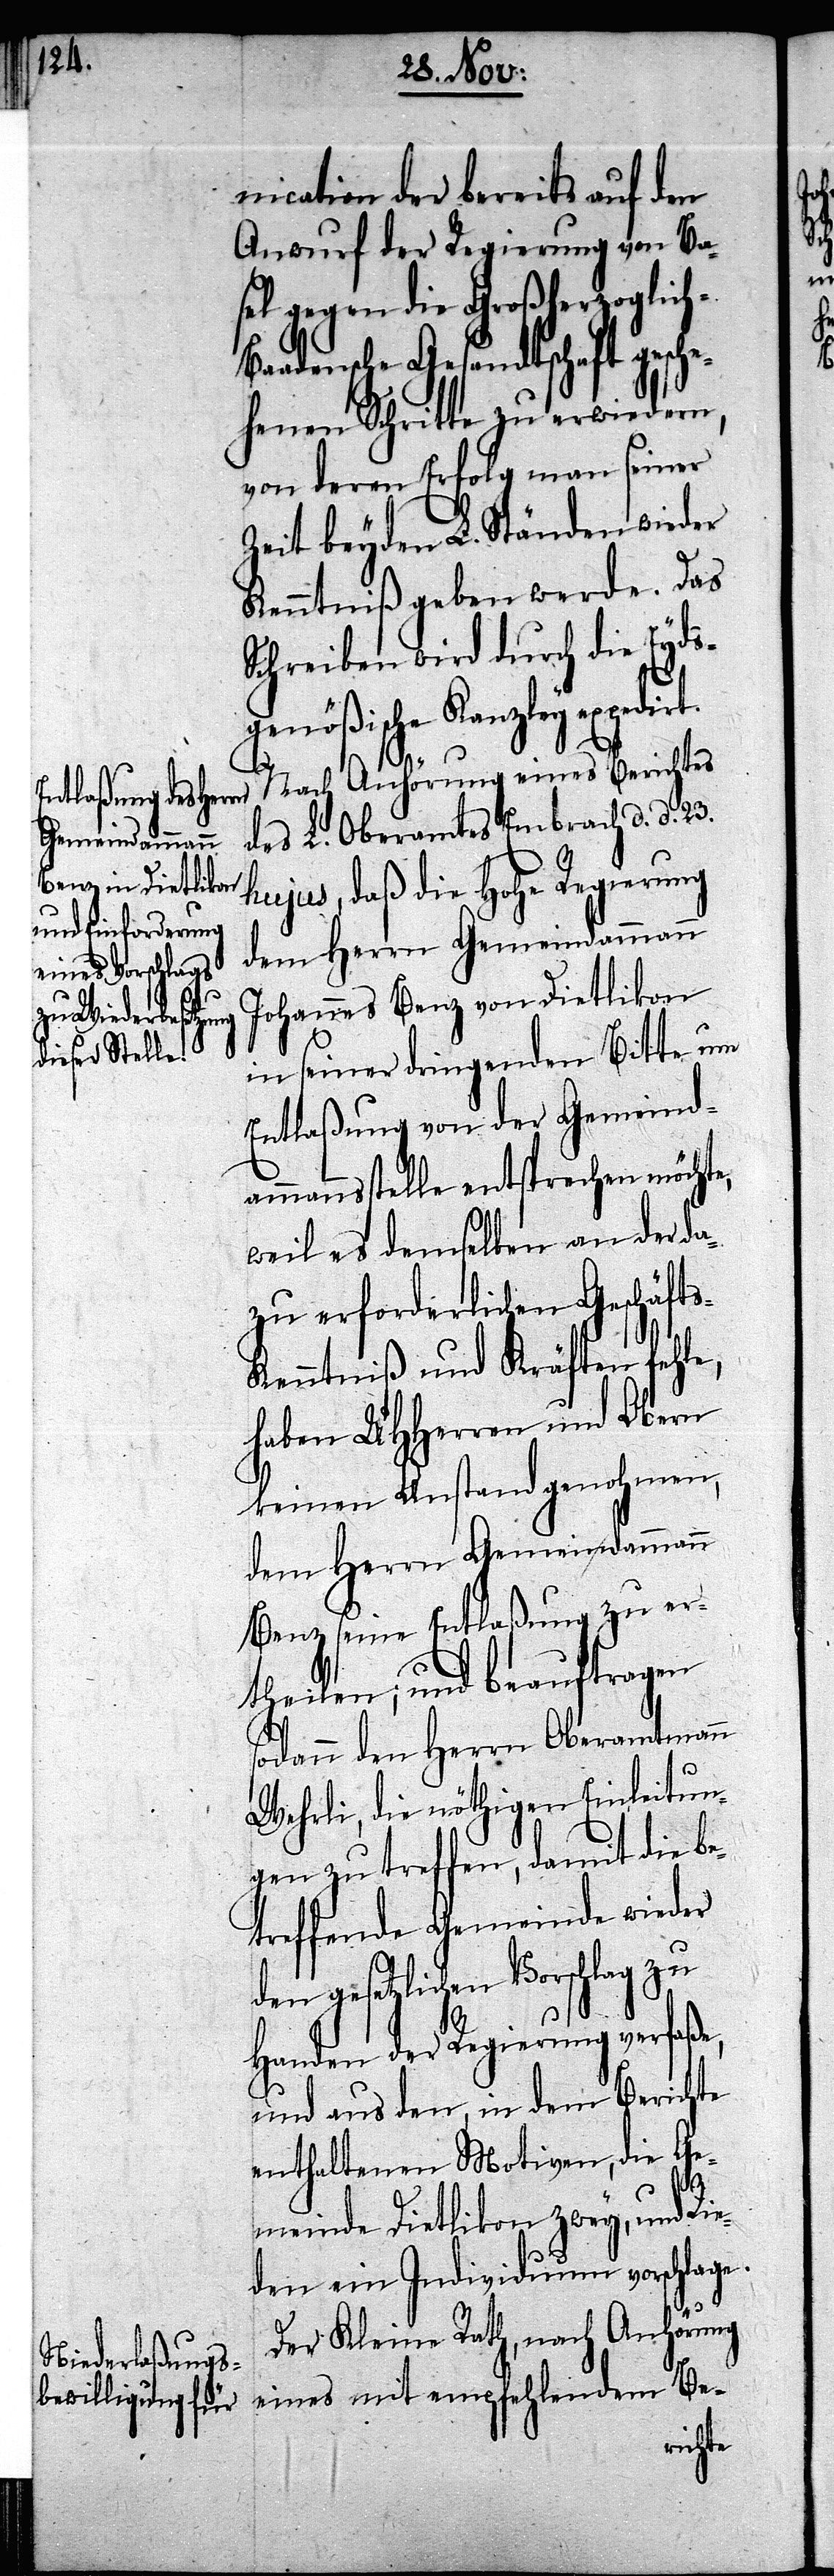
nication der bereits auf den
Anwurf der Regierung von Bas¬
el gegen die Großherzoglic¬
aadensche Gesandtschaft gesche¬
henen Schritte zu erwiedern,
von deren Erfolg man seiner
Zeit beyden L. Ständen wieder
Kenntniß geben werde. Das
Schreiben wird durch die Eyds¬
genößische Kanzley expedi¬
Nach Anhörung eines Berichtes
des L. Oberamtes Embrach d. d. 23.
hujus, daß die Hohe Regierung
dem Herrn Gemeindammann
Johannes Benz von Dietlikon
in seiner dringenden Bitte um
Entlaßung von der Gemeind¬
ammannstelle entsprechen möchte,
weil es demselben an der da¬
zu erforderlichen Geschäft¬
enntniß und Kräften fehle,
haben UHHerren und Obern
keinen Anstand genohmen,
dem Herrn Gemeindammann
Benz seine Entlaßung zu er¬
theilen; und beauftragen
sodann den Herrn Oberamtmann
Wehrli, die nöthigen Einleitun¬
gen zu treffen, damit die be¬
treffende Gemeinde wieder
en gesetzlichen Vorschlag
Handen der Regierung verfaße,
und aus den, in dem Berichte
enthaltenen Motiven, die Ge¬
meinde Dietlikon zwey, und
den ein Individuum vorschlage.
Rie¬
Der Kleine Rath, nach Anhörung
eines mit empfehlendem Be-